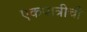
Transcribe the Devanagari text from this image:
एकपात्रीची